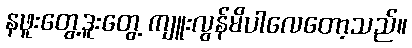
နဖူးတွေ့ဒူးတွေ့ ကျူးလွန်မိပါလေတော့သည်။